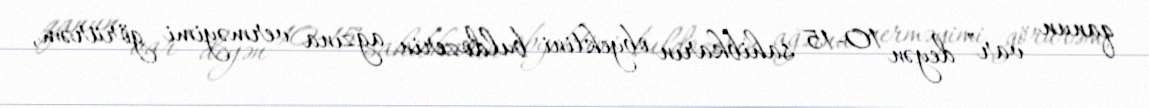
qanun var” deyən 10-15 sahibkarın obyektini buldozerin ağzına verməyimi görürəm,